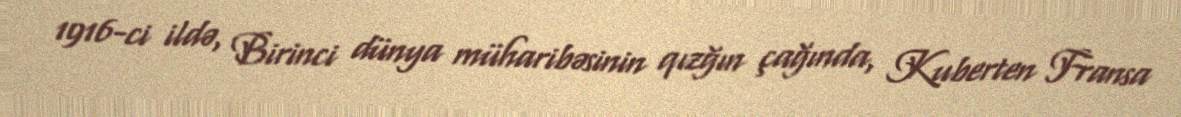
1916-ci ildə, Birinci dünya müharibəsinin qızğın çağında, Kuberten Fransa